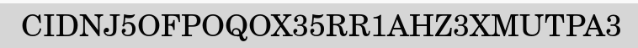
CIDNJ5OFPOQOX35RR1AHZ3XMUTPA3